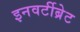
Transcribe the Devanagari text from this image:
इनवर्टीब्रेट